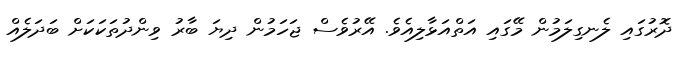
ދޮރުގައި ލެނގިލަމުން މޭގައި އަތްއަޅާލިއެވެ. އޭރުވެސް ޖަހަމުން ދިޔަ ބާރު ވިންދުތަކަކަށް ބަދަލެއް